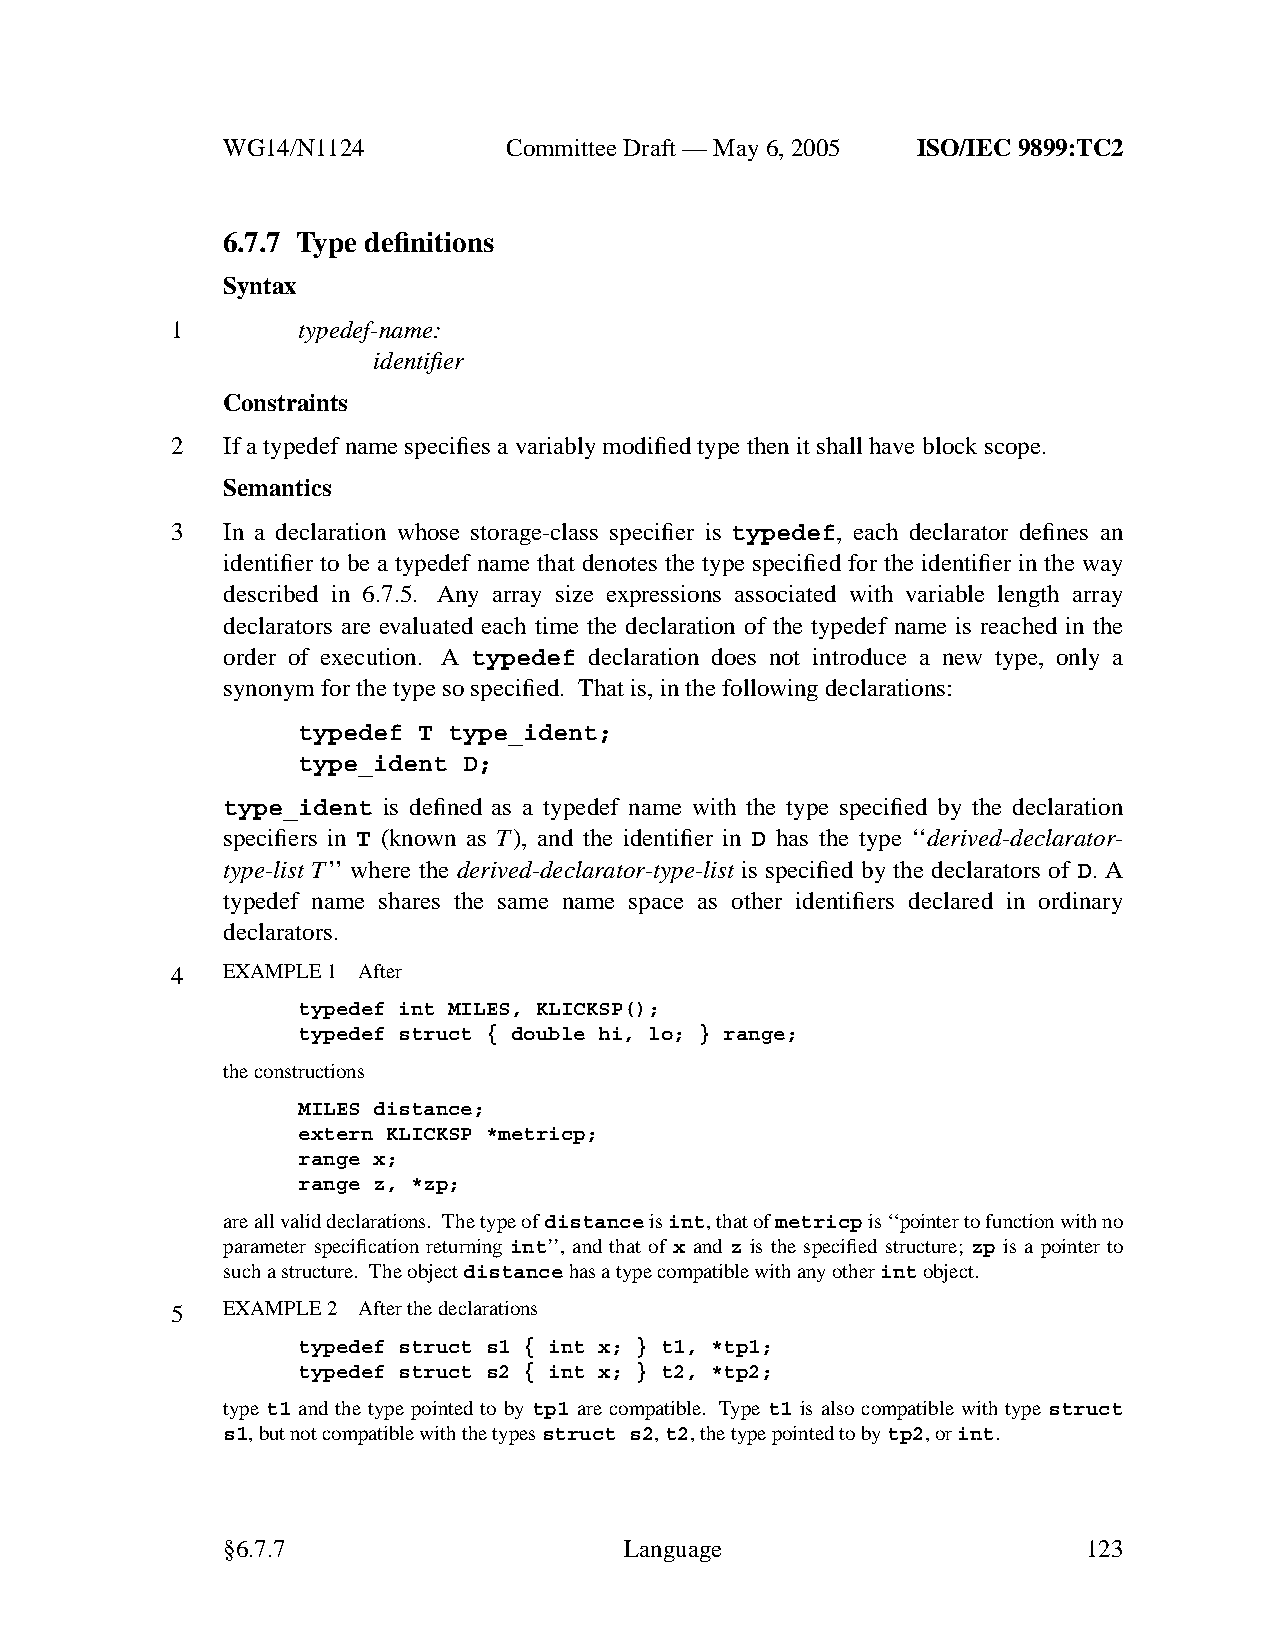
WG14/N1124        CommitteeDraft — May 6, 2005 ISO/IEC 9899:TC2
 6.7.7 Type definitions
 Syntax
 1        typedef-name:
 identifier
 Constraints
 2   If a typedef name specifies a variably modified type then it shall have block scope.
 Semantics
 3   In a declaration whose storage-class specifier is typedef, each declarator defines an
 identifier to be a typedef name that denotes the type specified for the identifier in the way
 described in 6.7.5. Any array size expressions associated with variable length array
 declarators are evaluated each time the declaration of the typedef name is reached in the
 order of execution. A typedef declaration does not introduce a new type, only a
 synonym for the type so specified. That is, in the following declarations:
 typedef T type_ident;
 type_ident D;
 type_ident is defined as a typedef name with the type specified by the declaration
 specifiers in T (known as T), and the identifier in D has the type ‘‘derived-declarator-
 type-list T’’ where the derived-declarator-type-list is specified by the declarators of D. A
 typedef name shares the same name space as other identifiers declared in ordinary
 declarators.
 4   EXAMPLE 1 After
 typedef int MILES, KLICKSP();
 typedef struct { double hi, lo; } range;
 the constructions
 MILES distance;
 extern KLICKSP *metricp;
 range x;
 range z, *zp;
 are all valid declarations. The type ofdistanceisint,that ofmetricpis ‘‘pointer to function with no
 parameter specification returning int’’, and that of x and z is the specified structure; zp is a pointer to
 such a structure. The objectdistancehas a type compatible with anyotherintobject.
 5   EXAMPLE 2 After the declarations
 typedef struct s1 { int x; } t1, *tp1;
 typedef struct s2 { int x; } t2, *tp2;
 type t1 and the type pointed to by tp1 are compatible. Type t1 is also compatible with type struct
 s1,but not compatible with the typesstruct s2,t2,the type pointed to bytp2,orint.
 §6.7.7                    Language                       123